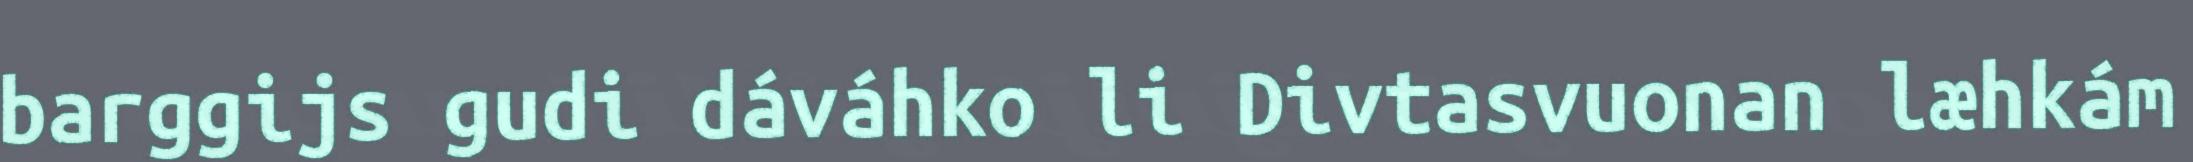
barggijs gudi dáváhko li Divtasvuonan læhkám